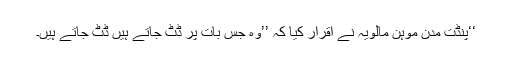
‘‘پنڈت مدن موہن مالویہ نے اقرار کیا کہ ’’وہ جس بات پر ڈٹ جاتے ہیں ڈٹ جاتے ہیں۔